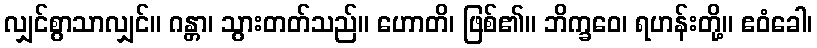
လျှင်စွာသာလျှင်။ ဂန္တာ၊ သွားတတ်သည်။ ဟောတိ၊ ဖြစ်၏။ ဘိက္ခဝေ၊ ရဟန်းတို့။ ဧဝံခေါ၊